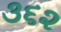
૩૬૨